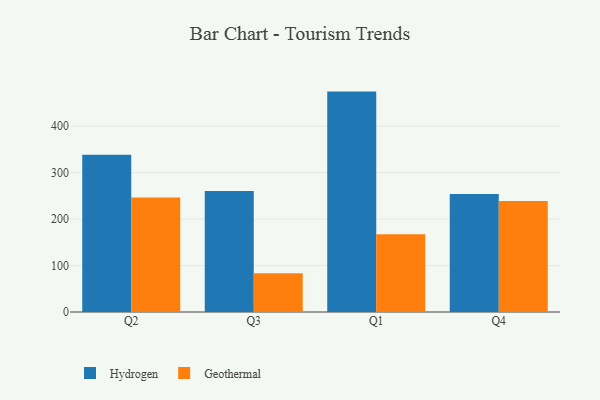
{"axis": {"x": "Quarter", "y": "Operating Costs (USD K)"}, "legend": ["Geothermal", "Hydrogen"], "data": [{"x": "Q2", "y": 338.7, "type": "Hydrogen"}, {"x": "Q2", "y": 246.7, "type": "Geothermal"}, {"x": "Q3", "y": 260.4, "type": "Hydrogen"}, {"x": "Q3", "y": 83.6, "type": "Geothermal"}, {"x": "Q1", "y": 474.7, "type": "Hydrogen"}, {"x": "Q1", "y": 167.3, "type": "Geothermal"}, {"x": "Q4", "y": 254.2, "type": "Hydrogen"}, {"x": "Q4", "y": 238.9, "type": "Geothermal"}]}